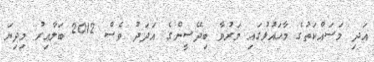
އަދި މަސައްކަތުގެ މާހައުލުގައި މަރުވާ ބިދޭސީންގެ އަދަދު ވެސް 2012 ބަލާއިރު މިދިޔަ